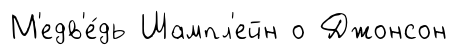
М'едв'е́дь Шампл'ейн о Джонсон